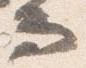
而